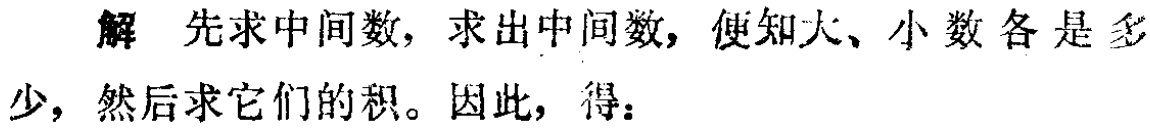
解 先求中间数，求出中间数，便知大、小数各是多少，然后求它们的积。因此，得：